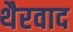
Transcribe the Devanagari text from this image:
थैरवाद